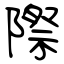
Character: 際